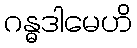
ဂန္ဓဒါမေဟိ